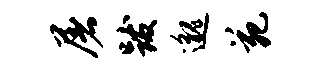
屠跋邈苑